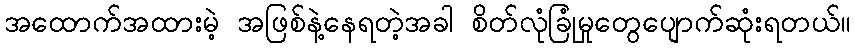
အထောက်အထားမဲ့ အဖြစ်နဲ့နေရတဲ့အခါ စိတ်လုံခြုံမှုတွေပျောက်ဆုံးရတယ်။